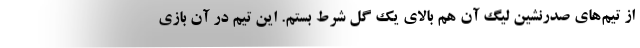
از تیم‌های صدرنشین لیگ آن هم بالای یک گل شرط بستم. این تیم در آن بازی